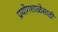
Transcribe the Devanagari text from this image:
प्रयोगशाळेसाठी